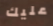
عليك